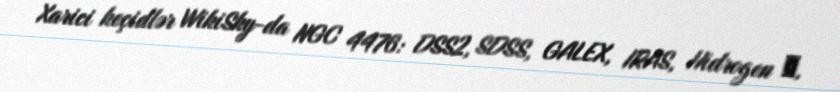
Xarici keçidlər WikiSky-da NGC 4476: DSS2, SDSS, GALEX, IRAS, Hidrogen α,